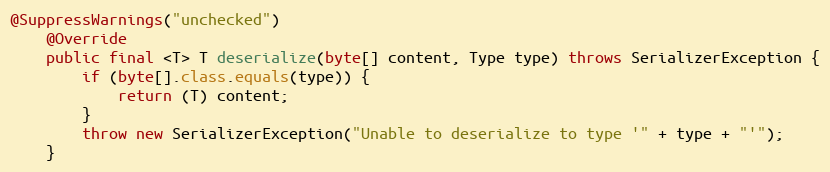
Language: Java
@SuppressWarnings("unchecked")
    @Override
    public final <T> T deserialize(byte[] content, Type type) throws SerializerException {
        if (byte[].class.equals(type)) {
            return (T) content;
        }
        throw new SerializerException("Unable to deserialize to type '" + type + "'");
    }